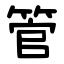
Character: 管